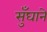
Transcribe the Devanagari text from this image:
सुँघाने